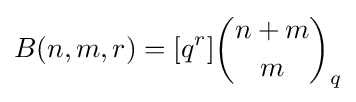
B(n,m,r)=[q^{r}]{n+m \choose m}_{q}